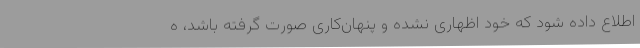
اطلاع داده شود که خود اظهاری نشده و پنهان‌کاری صورت گرفته باشد، ه